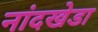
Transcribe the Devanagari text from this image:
नांदखेडा